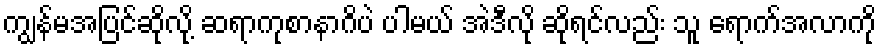
ကျွန်မအပြင်ဆိုလို့ ဆရာကုစာနာဂိပဲ ပါမယ် အဲဒီလို ဆိုရင်လည်း သူ ရောက်အလာကို